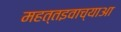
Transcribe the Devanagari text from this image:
महत्तइवाच्याआ